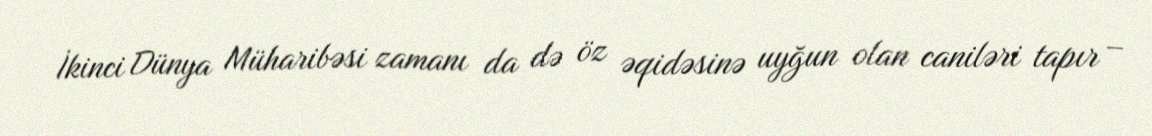
İkinci Dünya Müharibəsi zamanı da də öz əqidəsinə uyğun olan caniləri tapır –